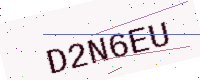
Text: D2N6EU